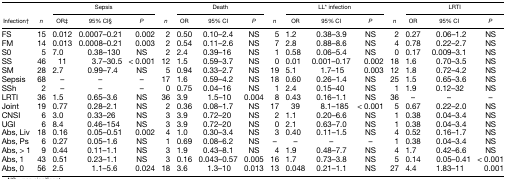
<table><thead><tr><td>[EMPTY_CELL]</td><td>[EMPTY_CELL]</td><td colspan="3"><b>Sepsis</b></td><td>[EMPTY_CELL]</td><td colspan="3"><b>Death</b></td><td>[EMPTY_CELL]</td><td colspan="3"><b>LL* infection</b></td><td>[EMPTY_CELL]</td><td colspan="3"><b>LRTI</b></td></tr><tr><td><b>Infection†</b></td><td><b><i>n</i></b></td><td><b>OR‡</b></td><td><b>95% CI§</b></td><td><b><i>P</i></b></td><td><b><i>n</i></b></td><td><b>OR</b></td><td><b>95% CI</b></td><td><b><i>P</i></b></td><td><b><i>n</i></b></td><td><b>OR</b></td><td><b>95% CI</b></td><td><b><i>P</i></b></td><td><b><i>n</i></b></td><td><b>OR</b></td><td><b>95% CI</b></td><td><b><i>P</i></b></td></tr></thead><tbody><tr><td>FS</td><td>15</td><td>0.012</td><td>0.0007–0.21</td><td>0.002</td><td>2</td><td>0.50</td><td>0.10–2.4</td><td>NS</td><td>5</td><td>1.2</td><td>0.38–3.9</td><td>NS</td><td>2</td><td>0.27</td><td>0.06–1.2</td><td>NS</td></tr><tr><td>FM</td><td>14</td><td>0.013</td><td>0.0008–0.21</td><td>0.003</td><td>2</td><td>0.54</td><td>0.11–2.6</td><td>NS</td><td>7</td><td>2.8</td><td>0.88–8.6</td><td>NS</td><td>4</td><td>0.78</td><td>0.22–2.7</td><td>NS</td></tr><tr><td>S0</td><td>5</td><td>7.0</td><td>0.38–130</td><td>NS</td><td>2</td><td>2.4</td><td>0.39–16</td><td>NS</td><td>1</td><td>0.58</td><td>0.06–5.4</td><td>NS</td><td>0</td><td>0.17</td><td>0.009–3.1</td><td>NS</td></tr><tr><td>SS</td><td>46</td><td>11</td><td>3.7–30.5</td><td>&lt; 0.001</td><td>12</td><td>1.5</td><td>0.59–3.7</td><td>NS</td><td>0</td><td>0.01</td><td>0.001–0.17</td><td>0.002</td><td>18</td><td>1.6</td><td>0.70–3.5</td><td>NS</td></tr><tr><td>SM</td><td>28</td><td>2.7</td><td>0.99–7.4</td><td>NS</td><td>5</td><td>0.94</td><td>0.33–2.7</td><td>NS</td><td>19</td><td>5.1</td><td>1.7–15</td><td>0.003</td><td>12</td><td>1.8</td><td>0.72–4.2</td><td>NS</td></tr><tr><td>Sepsis</td><td>68</td><td>–</td><td>–</td><td>–</td><td>17</td><td>1.6</td><td>0.59–4.2</td><td>NS</td><td>18</td><td>0.60</td><td>0.26–1.4</td><td>NS</td><td>25</td><td>1.5</td><td>0.65–3.6</td><td>NS</td></tr><tr><td>SSh</td><td>2</td><td>–</td><td>–</td><td>–</td><td>0</td><td>0.75</td><td>0.04–16</td><td>NS</td><td>1</td><td>2.4</td><td>0.15–40</td><td>NS</td><td>1</td><td>1.9</td><td>0.12–32</td><td>NS</td></tr><tr><td>LRTI</td><td>36</td><td>1.5</td><td>0.65–3.6</td><td>NS</td><td>36</td><td>3.9</td><td>1.5–10</td><td>0.004</td><td>8</td><td>0.43</td><td>0.16–1.1</td><td>NS</td><td>36</td><td>–</td><td>–</td><td>–</td></tr><tr><td>Joint</td><td>19</td><td>0.77</td><td>0.28–2.1</td><td>NS</td><td>2</td><td>0.36</td><td>0.08–1.7</td><td>NS</td><td>17</td><td>39</td><td>8.1–185</td><td>&lt; 0.001</td><td>5</td><td>0.67</td><td>0.22–2.0</td><td>NS</td></tr><tr><td>CNSI</td><td>6</td><td>3.0</td><td>0.33–26</td><td>NS</td><td>3</td><td>3.9</td><td>0.72–20</td><td>NS</td><td>2</td><td>1.1</td><td>0.20–6.6</td><td>NS</td><td>1</td><td>0.38</td><td>0.04–3.4</td><td>NS</td></tr><tr><td>UGI</td><td>6</td><td>8.4</td><td>0.46–154</td><td>NS</td><td>3</td><td>3.9</td><td>0.72–20</td><td>NS</td><td>0</td><td>2.1</td><td>0.63–7.0</td><td>NS</td><td>1</td><td>0.38</td><td>0.04–3.4</td><td>NS</td></tr><tr><td>Abs, Liv</td><td>18</td><td>0.16</td><td>0.05–0.51</td><td>0.002</td><td>4</td><td>1.0</td><td>0.30–3.4</td><td>NS</td><td>3</td><td>0.40</td><td>0.11–1.5</td><td>NS</td><td>4</td><td>0.52</td><td>0.16–1.7</td><td>NS</td></tr><tr><td>Abs, Ps</td><td>6</td><td>0.27</td><td>0.05–1.6</td><td>NS</td><td>1</td><td>0.69</td><td>0.08–6.2</td><td>NS</td><td>–</td><td>–</td><td>–</td><td>–</td><td>1</td><td>0.38</td><td>0.04–3.4</td><td>NS</td></tr><tr><td>Abs, &gt; 1</td><td>9</td><td>0.44</td><td>0.11–1.1</td><td>NS</td><td>3</td><td>1.9</td><td>0.43–8.1</td><td>NS</td><td>4</td><td>1.9</td><td>0.48–7.7</td><td>NS</td><td>4</td><td>1.7</td><td>0.42–6.6</td><td>NS</td></tr><tr><td>Abs, 1</td><td>43</td><td>0.51</td><td>0.23–1.1</td><td>NS</td><td>3</td><td>0.16</td><td>0.043–0.57</td><td>0.005</td><td>16</td><td>1.7</td><td>0.73–3.8</td><td>NS</td><td>5</td><td>0.14</td><td>0.05–0.41</td><td>&lt; 0.001</td></tr><tr><td>Abs, 0</td><td>56</td><td>2.5</td><td>1.1–5.6</td><td>0.024</td><td>18</td><td>3.6</td><td>1.3–10</td><td>0.013</td><td>13</td><td>0.048</td><td>0.21–1.1</td><td>NS</td><td>27</td><td>4.4</td><td>1.83–11</td><td>0.001</td></tr></tbody></table>